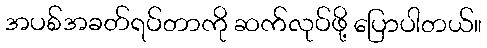
အပစ်အခတ်ရပ်တာကို ဆက်လုပ်ဖို့ ပြောပါတယ်။